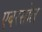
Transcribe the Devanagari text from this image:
एबरसोल